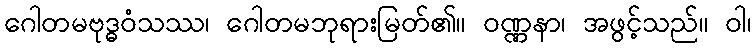
ဂေါတမဗုဒ္ဓဝံသဿ၊ ဂေါတမဘုရားမြတ်၏။ ဝဏ္ဏနာ၊ အဖွင့်သည်။ ဝါ၊